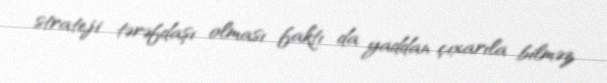
strateji tərəfdaşı olması faktı da yaddan çıxarıla bilməz.